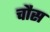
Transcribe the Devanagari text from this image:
चौस